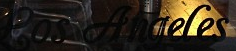
Los Angeles